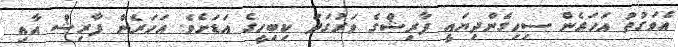
އެވަގުތު އަހަރެން ސިހިގެންދިޔައީ ފާރިޝްގެ ވަރުގަދަ ކިބިހީގެ އަޑަށެވެ. އަހަރެން ފާރިޝް އާއި